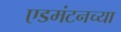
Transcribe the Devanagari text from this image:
एडमंटनच्या